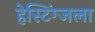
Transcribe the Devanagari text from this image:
हेस्टिंग्जला